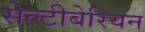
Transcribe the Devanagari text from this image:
सेल्टीबेरियन